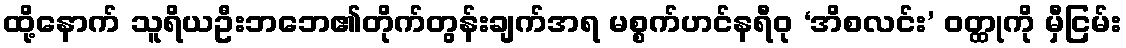
ထို့နောက် သူရိယဦးဘဘေ၏တိုက်တွန်းချက်အရ မစ္စက်ဟင်နရီဝု ‘အိစလင်း’ ဝတ္ထုကို မှီငြမ်း